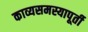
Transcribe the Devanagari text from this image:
काव्यसमस्यापूर्ती